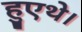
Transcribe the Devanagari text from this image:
हुएथे।